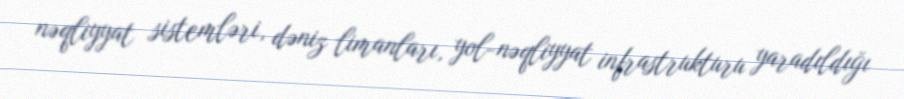
nəqliyyat sistemləri, dəniz limanları, yol-nəqliyyat infrastrukturu yaradıldığı